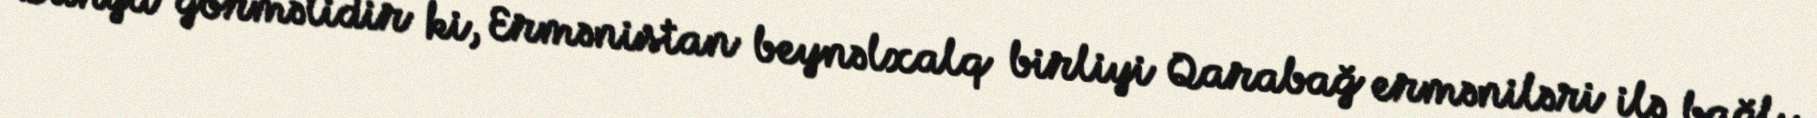
Dünya görməlidir ki, Ermənistan beynəlxalq birliyi Qarabağ erməniləri ilə bağlı